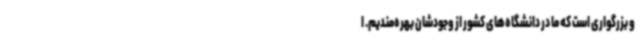
و بزرگواری است که ما در دانشگاه‌های کشور از وجودشان بهره‌مندیم. ا